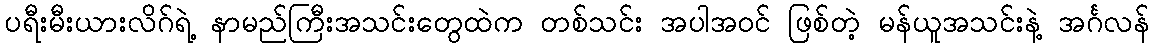
ပရီးမီးယားလိဂ်ရဲ့ နာမည်ကြီးအသင်းတွေထဲက တစ်သင်း အပါအဝင် ဖြစ်တဲ့ မန်ယူအသင်းနဲ့ အင်္ဂလန်